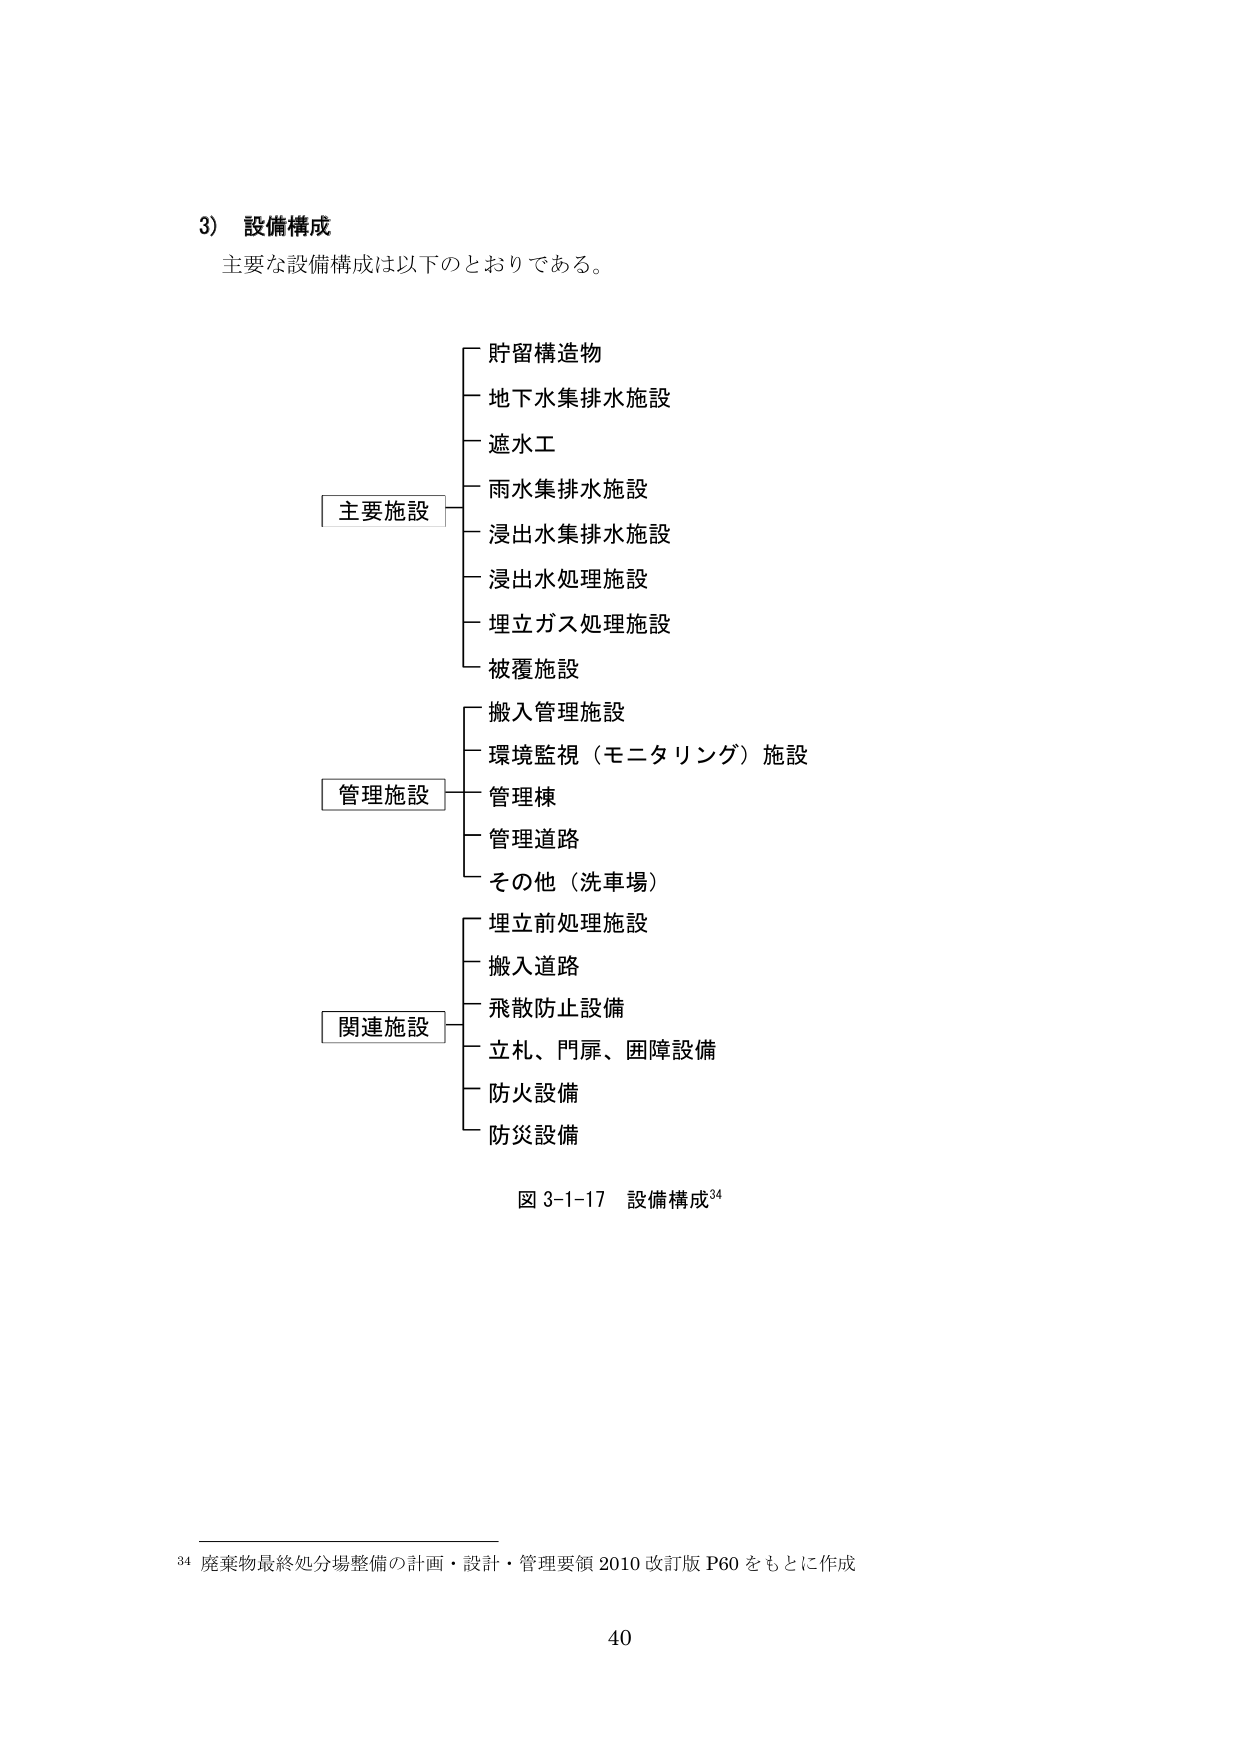
3) 設備構成
主要な設備構成は以下のとおりである。

主要施設
├─ 貯留構造物
├─ 地下水集排水施設
├─ 遮水工
├─ 雨水集排水施設
├─ 浸出水集排水施設
├─ 浸出水処理施設
├─ 埋立ガス処理施設
└─ 被覆施設

管理施設
├─ 搬入管理施設
├─ 環境監視（モニタリング）施設
├─ 管理棟
├─ 管理道路
└─ その他（洗車場）

関連施設
├─ 埋立前処理施設
├─ 搬入道路
├─ 飛散防止設備
├─ 立札、門扉、囲障設備
├─ 防火設備
└─ 防災設備

図 3-1-17 設備構成³⁴

³⁴ 廃棄物最終処分場整備の計画・設計・管理要領 2010 改訂版 P60 をもとに作成

40